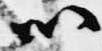
以